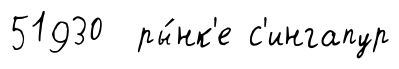
51930 ры́нк'е с'ингапур